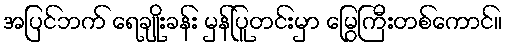
အပြင်ဘက် ရေချိုးခန်း မှန်ပြူတင်းမှာ မြွေကြီးတစ်ကောင်။